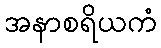
အနာစရိယကံ